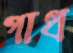
গাধ